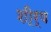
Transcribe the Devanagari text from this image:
शी्र्ष